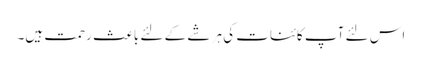
اس لئے آپ کائنات کی ہر شے کے لئے باعث رحمت ہیں۔